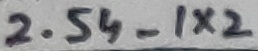
Text: 2.54_1X2